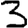
Digit: 3